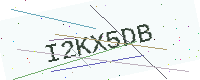
Text: I2KX5DB